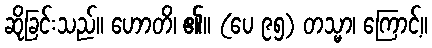
ဆိုခြင်းသည်။ ဟောတိ၊ ၏။ (ပေ ၉၅) တသ္မာ၊ ကြောင့်။